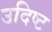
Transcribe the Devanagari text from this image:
उदिष्ट